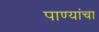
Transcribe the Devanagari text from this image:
पाण्यांचा